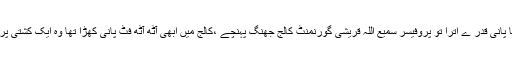
دس دن کے بعد دریا کا پانی قدر ے اترا تو پروفیسر سمیع اللہ قریشی گورنمنٹ کالج جھنگ پہنچے ،کالج میں ابھی آٹھ آٹھ فٹ پانی کھڑا تھا وہ ایک کشتی پر سوار ہو کر آئے تھے۔